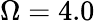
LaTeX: \Omega=4.0